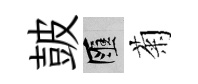
皷匯菊